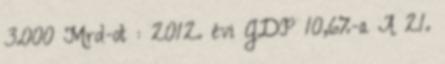
3.000 Mrd-ot : 2012. évi GDP 10,6%-a A 21.